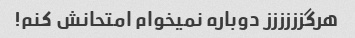
هرگزززززز دوباره نمیخوام امتحانش کنم!